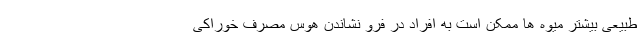
طبیعی بیشتر میوه ها ممکن است به افراد در فرو نشاندن هوس مصرف خوراکی